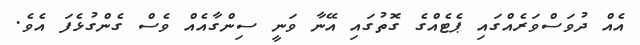
އެއް ދުވަސްވަރެއްގައި ޕެޓެއްގެ ގޮތުގައި އޭނާ ވަނީ ސިންގާއެއް ވެސް ގެންގުޅެފަ އެވެ.